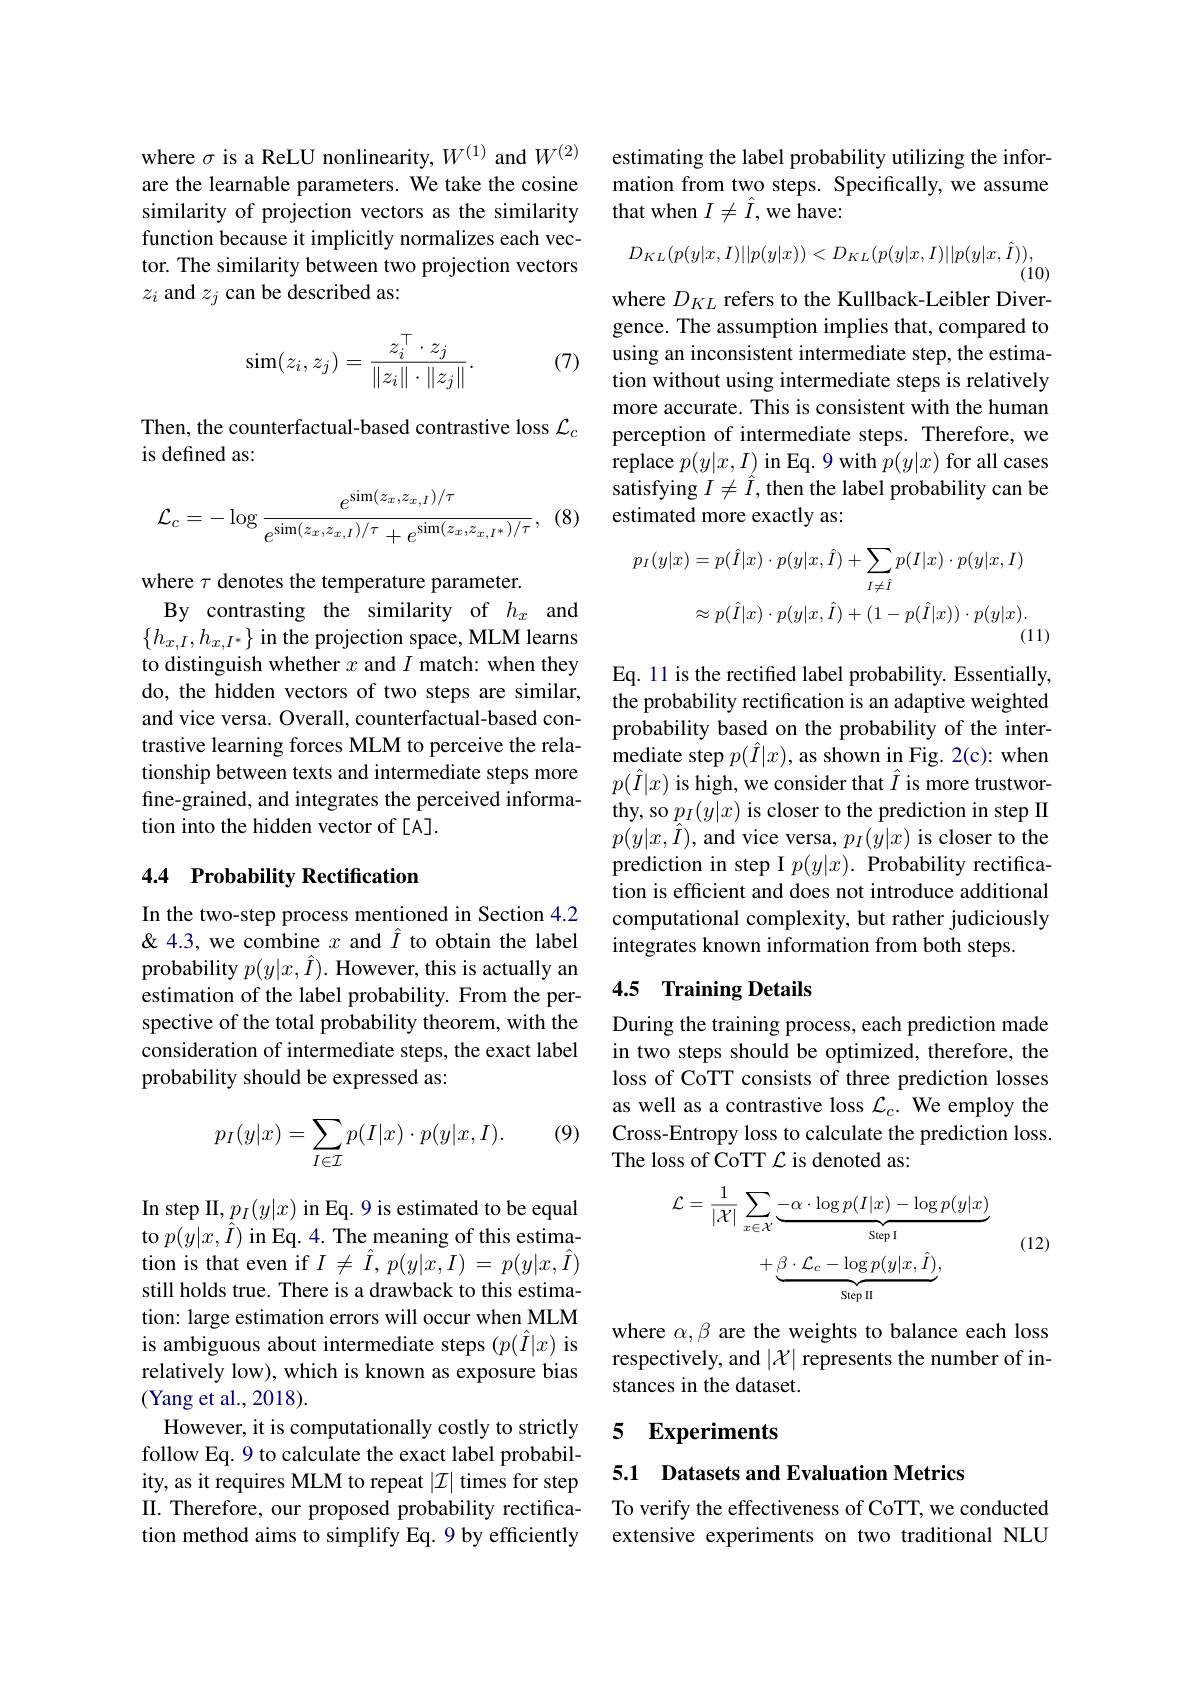
where $\sigma$ is a ReLU nonlinearity, $W^{(1)}$ and $W^{(2)}$ are the learnable parameters. We take the cosine similarity of projection vectors as the similarity function because it implicitly normalizes each vector. The similarity between two projection vectors $z_i$ and $z_j$ can be described as:
$$\begin{aligned}\sin(z_i,z_j)&=\frac{z_i^\top\cdot z_j}{\|z_i\|\cdot\|z_j\|}.\end{aligned}$$
(7)

Then, the counterfactual-based contrastive loss $\mathcal{L}_c$
is defined as:
$$\mathcal{L}_{c}=-\log\frac{e^{\sin(z_{x},z_{x,I})/\tau}}{e^{\sin(z_{x},z_{x,I})/\tau}+e^{\sin(z_{x},z_{x,I^{*}})/\tau}},$$
(8

where $\tau$ denotes the temperature parameter.
By contrasting the similarity of $h_x$ and $\{h_{x,I},h_{x,I^{*}}\}$ in the projection space, MLM learns to distinguish whether $x$ and $I$ match: when they do, the hidden vectors of two steps are similar, and vice versa. Overall, counterfactual-based contrastive learning forces MLM to perceive the relationship between texts and intermediate steps more fine-grained, and integrates the perceived information into the hidden vector of[A].

## 4.4 Probability Rectification

In the two-step process mentioned in Section 4.2 &4.3, we combine $x$ and $\hat{I}$ to obtain the label probability $p(y|x,\hat{I}).$ However, this is actually an estimation of the label probability. From the perspective of the total probability theorem, with the consideration of intermediate steps, the exact label probability should be expressed as:

(9)
$$p_I(y|x)=\sum_{I\in\mathcal{I}}p(I|x)\cdot p(y|x,I).$$
In step II$,p_I(y|x)$ in Eq. 9 is estimated to be equal to $p(y|x,\hat{I})$ in Eq. 4. The meaning of this estimation is that even if $I\neq\hat{I},p(y|x,I)=p(y|x,\hat{I})$ still holds true. There is a drawback to this estimation: large estimation errors will occur when MLM is ambiguous about intermediate steps $(p(\hat{I}|x)$ is relatively low), which is known as exposure bias (Yang et al., 2018).
However, it is computationally costly to strictly follow Eq. 9 to calculate the exact label probability, as it requires MLM to repeat $|\mathcal{I}|$ times for step II. Therefore, our proposed probability rectification method aims to simplify Eq. 9 by efficiently

estimating the label probability utilizing the information from two steps. Specifically, we assume that when $I\neq\hat{I}$,we have:
$$D_{KL}(p(y|x,I)||p(y|x))<D_{KL}(p(y|x,I)||p(y|x,\hat{I})),$$
where $D_{KL}$ refers to the Kullback-Leibler Diver-

gence. The assumption implies that, compared to using an inconsistent intermediate step, the estimation without using intermediate steps is relatively more accurate. This is consistent with the human perception of intermediate steps. Therefore, we replace $p(y|x,I)$ in Eq. 9 with $p(y|x)$ for all cases satisfying $I\neq\hat{I}$, then the label probability can be estimated more exactly as:
$$\begin{aligned}p_{I}(y|x)&=p(\hat{I}|x)\cdot p(y|x,\hat{I})+\sum_{I\neq\hat{I}}p(I|x)\cdot p(y|x,I)\\&\approx p(\hat{I}|x)\cdot p(y|x,\hat{I})+(1-p(\hat{I}|x))\cdot p(y|x).\end{aligned}$$
Eq. 11 is the rectifed label probability. Essentially, the probability rectification is an adaptive weighted probability based on the probability of the intermediate step $p(\hat{I}|x)$, as shown in Fig. 2(c): when $p(\hat{I}|x)$ is high, we consider that $\hat{I}$ is more trustworthy, so $p_I(y|x)$ is closer to the prediction in step II $p(y|x,\hat{I})$, and vice versa, $p_I(\bar{y|x})$ is closer to the prediction in step I $p(y|x).$ Probability rectification is efficient and does not introduce additional computational complexity, but rather judiciously integrates known information from both steps.

### 4.5 Training Details

During the training process, each prediction made in two steps should be optimized, therefore, the loss of CoTT consists of three prediction losses as well as a contrastive loss $\mathcal{L}_c.$ We employ the Cross-Entropy loss to calculate the prediction loss. The loss of CoTT $\mathcal{L}$ is denoted as:

(12)
$$\mathcal{L}=\frac{1}{|\mathcal{X}|}\sum_{x\in\mathcal{X}}\underbrace{-\alpha\cdot\log p(I|x)-\log p(y|x)}_{\mathrm{Step~I}}\\+\underbrace{\beta\cdot\mathcal{L}_{c}-\log p(y|x,\hat{I})}_{\mathrm{Step~II}},$$
where $\alpha,\beta$ are the weights to balance each loss respectively, and $|\mathcal{X}|$ represents the number of instances in the dataset.

### 5 Experiments

5.1 Datasets and Evaluation Metrics

To verify the effectiveness of CoTT, we conducted extensive experiments on two traditional NLU